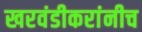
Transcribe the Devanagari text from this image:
खरवंडीकरांनीच